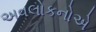
અવલોકનોએ